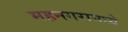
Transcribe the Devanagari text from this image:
महनगरामध्ये